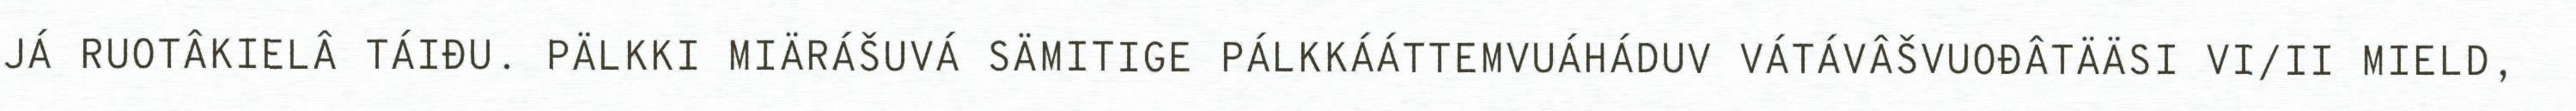
JÁ RUOTÂKIELÂ TÁIĐU. PÄLKKI MIÄRÁŠUVÁ SÄMITIGE PÁLKKÁÁTTEMVUÁHÁDUV VÁTÁVÂŠVUOĐÂTÄÄSI VI/II MIELD,